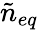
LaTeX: \tilde{n}_{eq}